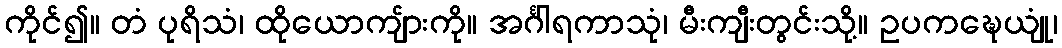
ကိုင်၍။ တံ ပုရိသံ၊ ထိုယောကျ်ားကို။ အင်္ဂါရကာသုံ၊ မီးကျီးတွင်းသို့။ ဥပကဍ္ဎေယျုံ၊